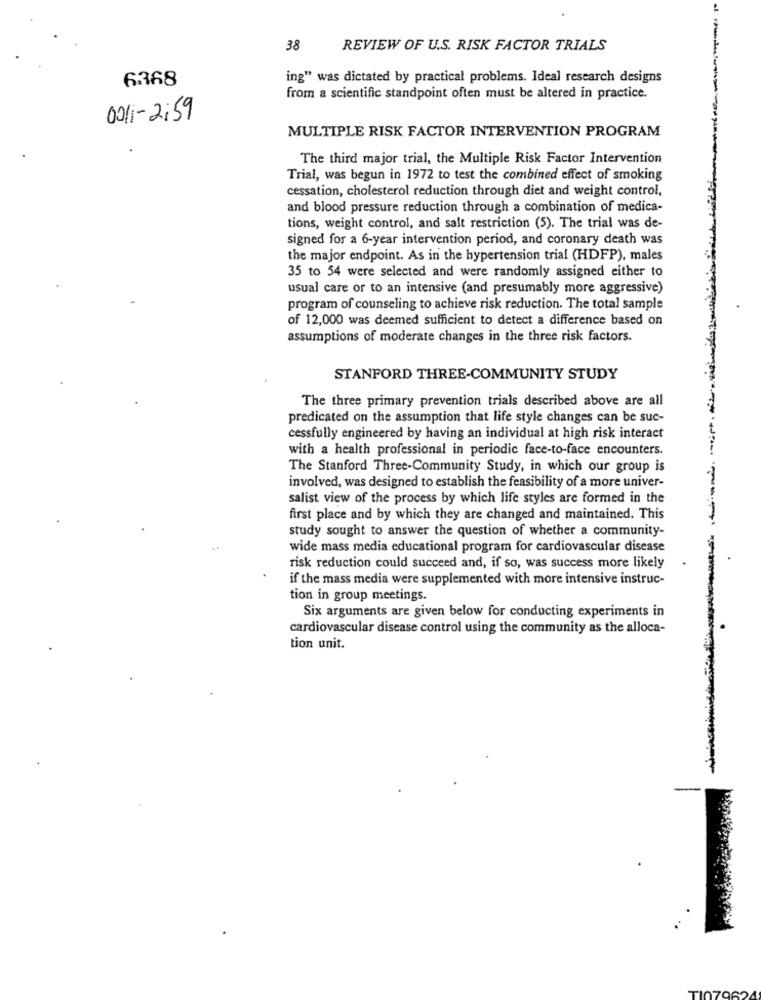
38
REVIEW OF U.S. RISK FACTOR TRIALS
6.368
ing" was dictated by practical problems. Ideal research designs
from a scientific standpoint often must be altered in practice.
001 - 2:59
MULTIPLE RISK FACTOR INTERVENTION PROGRAM
The third major trial, the Multiple Risk Factor Intervention
Trial, was begun in 1972 to test the combined effect of smoking
cessation, cholesterol reduction through diet and weight control,
and blood pressure reduction through a combination of medica-
tions, weight control, and salt restriction (5). The trial was de-
signed for a 6-year intervention period, and coronary death was
the major endpoint. As in the hypertension trial (HDFP), males
35 to 54 were selected and were randomly assigned either to
usual care or to an intensive (and presumably more aggressive)
program of counseling to achieve risk reduction. The total sample
of 12,000 was deemed sufficient to detect a difference based on
assumptions of moderate changes in the three risk factors.
STANFORD THREE-COMMUNITY STUDY
The three primary prevention trials described above are all
predicated on the assumption that life style changes can be suc-
cessfully engineered by having an individual at high risk interact
with a health professional in periodic face-to-face encounters.
The Stanford Three-Community Study, in which our group is
involved, was designed to establish the feasibility of a more univer-
salist view of the process by which life styles are formed in the
first place and by which they are changed and maintained. This
study sought to answer the question of whether a community-
wide mass media educational program for cardiovascular disease
risk reduction could succeed and, if so, was success more likely
if the mass media were supplemented with more intensive instruc-
tion in group meetings.
Six arguments are given below for conducting experiments in
cardiovascular disease control using the community as the alloca-
tion unit.